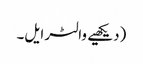
(دیکھیے والٹر ایل۔